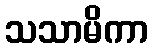
သသာမိကာ